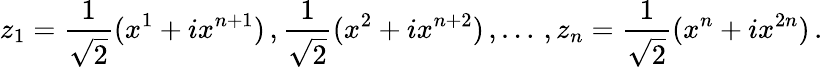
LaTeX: z_{1}=\frac{1}{\sqrt{2}}(x^{1}+ix^{n+1})\, ,\frac{1}{\sqrt{2}}(x^{2}+ix^{n+2})\, ,\dots\, ,z_{n}=\frac{1}{\sqrt{2}}(x^{n}+ix^{2n})\, .